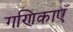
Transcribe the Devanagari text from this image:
गणिकाएँ